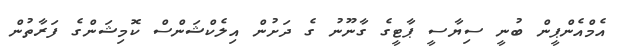
އެމްއެންޕީން ބުނީ ސިޔާސީ ޕާޓީގެ ގާނޫނު ގެ ދަށުން އިލެކްޝަންސް ކޮމިޝަންގެ ފަރާތުން